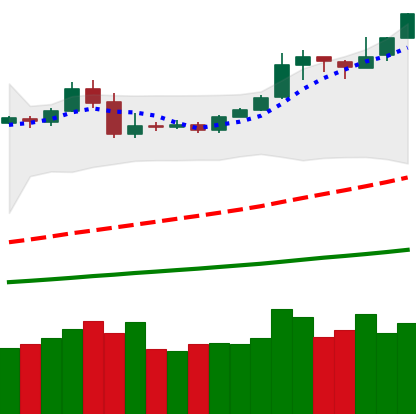
Ticker: BTC-USD
Chart end date: 2019-05-09
Forward return: 29.474%
Label: up_7plus